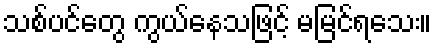
သစ်ပင်တွေ ကွယ်နေသဖြင့် မမြင်ရသေး။